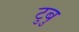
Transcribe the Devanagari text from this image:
टुबु